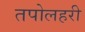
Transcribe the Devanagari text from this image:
तपोलहरी